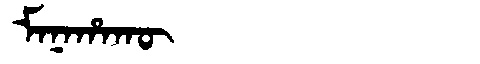
Manchu: ᠮᠠᠨᠠᡥᠠᡴᡡ
Romanization: MANAHAKŪ